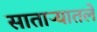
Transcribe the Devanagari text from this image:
साताऱ्यातले